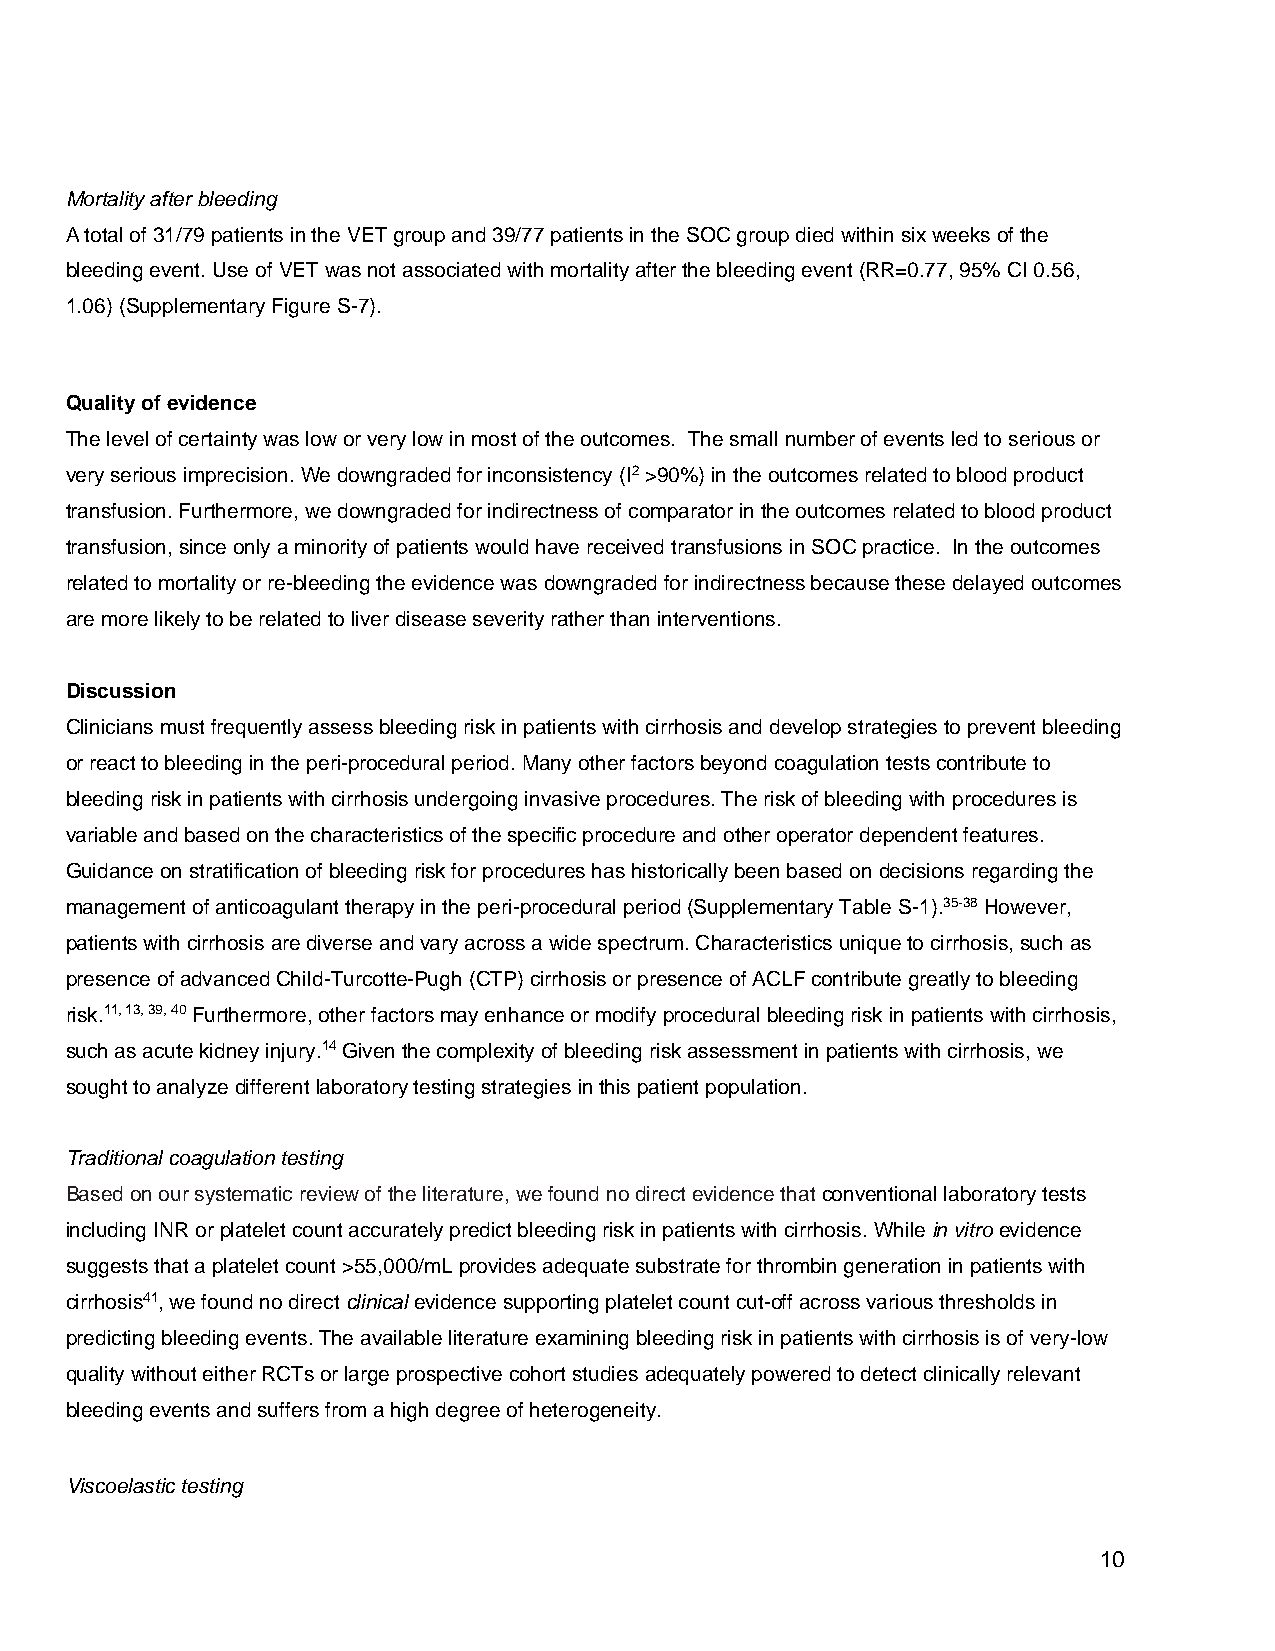
Mortality after bleeding
 A total of 31/79 patients in the VET group and 39/77 patients in the SOC group died within six weeks of the
 bleeding event. Use of VET was not associated with mortality after the bleeding event (RR=0.77, 95% CI 0.56,
 1.06) (Supplementary Figure S-7).
 Quality of evidence
 The level of certainty was low or very low in most of the outcomes. The small number of events led to serious or
 very serious imprecision. We downgraded for inconsistency (I2 >90%) in the outcomes related to blood product
 transfusion. Furthermore, we downgraded for indirectness of comparator in the outcomes related to blood product
 transfusion, since only a minority of patients would have received transfusions in SOC practice. In the outcomes
 related to mortality or re-bleeding the evidence was downgraded for indirectness because these delayed outcomes
 are more likely to be related to liver disease severity rather than interventions.
 Discussion
 Clinicians must frequently assess bleeding risk in patients with cirrhosis and develop strategies to prevent bleeding
 or react to bleeding in the peri-procedural period. Many other factors beyond coagulation tests contribute to
 bleeding risk in patients with cirrhosis undergoing invasive procedures. The risk of bleeding with procedures is
 variable and based on the characteristics of the specific procedure and other operator dependent features.
 Guidance on stratification of bleeding risk for procedures has historically been based on decisions regarding the
 management of anticoagulant therapy in the peri-procedural period (Supplementary Table S-1).35-38 However,
 patients with cirrhosis are diverse and vary across a wide spectrum. Characteristics unique to cirrhosis, such as
 presence of advanced Child-Turcotte-Pugh (CTP) cirrhosis or presence of ACLF contribute greatly to bleeding
 risk.11, 13, 39, 40 Furthermore, other factors may enhance or modify procedural bleeding risk in patients with cirrhosis,
 such as acute kidney injury.14 Given the complexity of bleeding risk assessment in patients with cirrhosis, we
 sought to analyze different laboratory testing strategies in this patient population.
 Traditional coagulation testing
 Based on our systematic review of the literature, we found no direct evidence that conventional laboratory tests
 including INR or platelet count accurately predict bleeding risk in patients with cirrhosis. While in vitro evidence
 suggests that a platelet count >55,000/mL provides adequate substrate for thrombin generation in patients with
 cirrhosis41, we found no direct clinical evidence supporting platelet count cut-off across various thresholds in
 predicting bleeding events. The available literature examining bleeding risk in patients with cirrhosis is of very-low
 quality without either RCTs or large prospective cohort studies adequately powered to detect clinically relevant
 bleeding events and suffers from a high degree of heterogeneity.
 Viscoelastic testing
 10